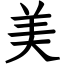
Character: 美